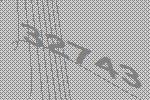
32743